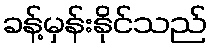
ခန့်မှန်းနိုင်သည်